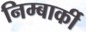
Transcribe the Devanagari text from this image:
निम्बार्की